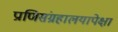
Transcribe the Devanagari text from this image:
प्राणिसंग्रहालयापेक्षा